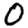
Digit: 0